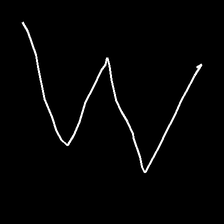
Glyph: crush